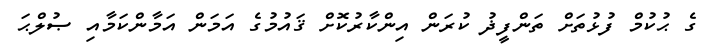
ގެ ޙުކުމް ފުޅުތަށް ތަންފީޛު ކުރަން އިންކާރުކޮށް ޤައުމުގެ އަމަން އަމާންކަމާއި ޞުލްޙަ